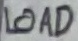
Text: LOAD